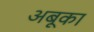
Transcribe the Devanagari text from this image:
अबूका